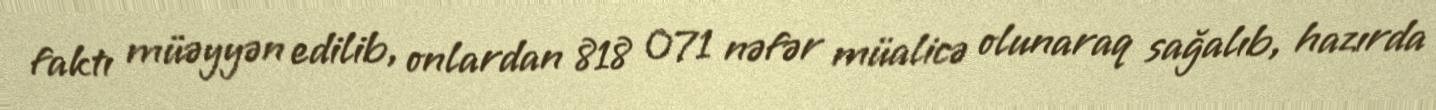
faktı müəyyən edilib, onlardan 818 071 nəfər müalicə olunaraq sağalıb, hazırda